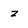
Character: z